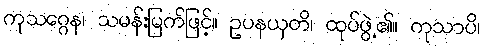
ကုသဂ္ဂေန၊ သမန်းမြက်ဖြင့်။ ဥပနယှတိ၊ ထုပ်ဖွဲ့၏။ ကုသာပိ၊